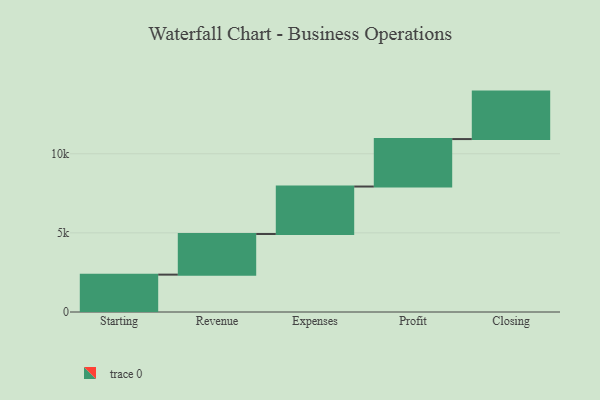
{"axis": {"x": "Step", "y": "Value"}, "legend": [""], "data": [{"x": "Starting", "y": 2362.0, "type": ""}, {"x": "Revenue", "y": 2568.0, "type": ""}, {"x": "Expenses", "y": 3000, "type": ""}, {"x": "Profit", "y": 3000, "type": ""}, {"x": "Closing", "y": 3000, "type": ""}]}